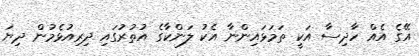
އޭގެ އެއް ހާދިސާ އަކީ ތަމަޅައިންނާ އެކު ލަންކާގެ އުތުރުގައި ދިރިއުޅެމުން ދިޔަ